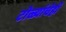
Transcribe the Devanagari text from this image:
टोळ्यांचेही